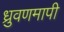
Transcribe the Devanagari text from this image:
ध्रुवणमापी